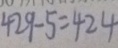
4 2 9 - 5 = 4 2 4